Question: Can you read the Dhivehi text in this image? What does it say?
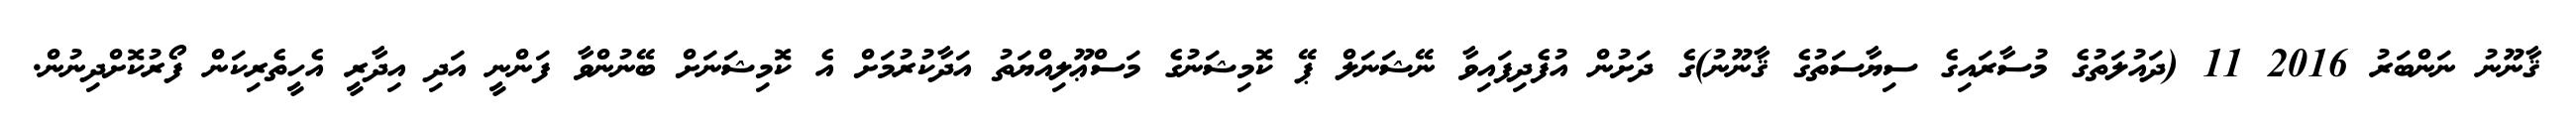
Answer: ޤާނޫނު ނަންބަރު 2016 11 (ދައުލަތުގެ މުސާރައިގެ ސިޔާސަތުގެ ޤާނޫނު)ގެ ދަށުން އުފެދިފައިވާ ނޭޝަނަލް ޕޭ ކޮމިޝަނުގެ މަސްޢޫލިއްޔަތު އަދާކުރުމަށް އެ ކޮމިޝަނަށް ބޭނުންވާ ފަންނީ އަދި އިދާރީ އެހީތެރިކަން ފޯރުކޮށްދިނުން.